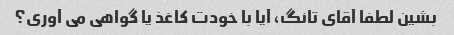
بشین لطفا آقای تانگ، آیا با خودت کاغذ یا گواهی می آوری؟